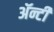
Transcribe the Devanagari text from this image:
ॲन्टी